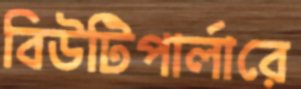
বিউটিপার্লারে